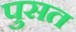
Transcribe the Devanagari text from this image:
पुसत